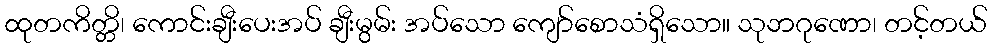
ထုတကိတ္တိ၊ ကောင်းချီးပေးအပ် ချီးမွမ်း အပ်သော ကျော်စောသံရှိသော။ သုဘဂုဏော၊ တင့်တယ်